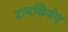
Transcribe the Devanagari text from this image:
रामकियेन